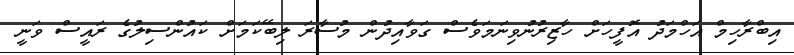
އިބްރާހިމް އަހްމަދު އޮފީހަށް ހާޒިރުނުވިނަމަވެސް ގަވާއިދުން މުސާރަ ލިބޭކަމަށް ކައުންސިލުގެ ރައީސް ވަނީ